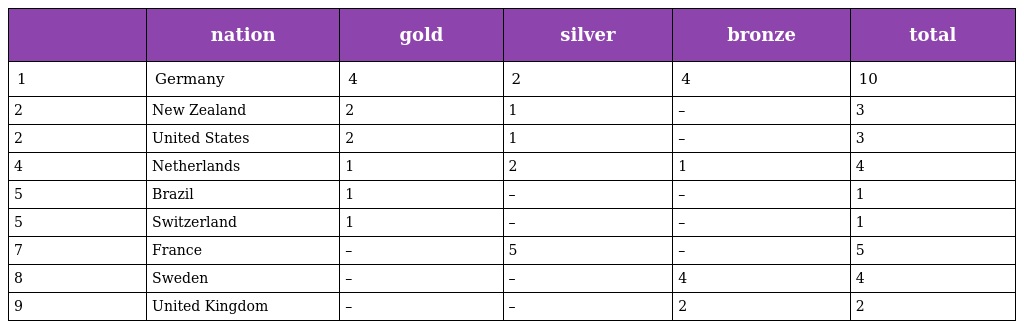
|  | nation | gold | silver | bronze | total |
 | --- | --- | --- | --- | --- | --- |
 | 1 | Germany | 4 | 2 | 4 | 10 |
 | 2 | New Zealand | 2 | 1 | – | 3 |
 | 2 | United States | 2 | 1 | – | 3 |
 | 4 | Netherlands | 1 | 2 | 1 | 4 |
 | 5 | Brazil | 1 | – | – | 1 |
 | 5 | Switzerland | 1 | – | – | 1 |
 | 7 | France | – | 5 | – | 5 |
 | 8 | Sweden | – | – | 4 | 4 |
 | 9 | United Kingdom | – | – | 2 | 2 |